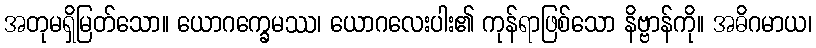
အတုမရှိမြတ်သော။ ယောဂက္ခေမဿ၊ ယောဂလေးပါး၏ ကုန်ရာဖြစ်သော နိဗ္ဗာန်ကို။ အဓိဂမာယ၊